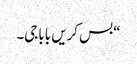
“بس کریں باباجی۔